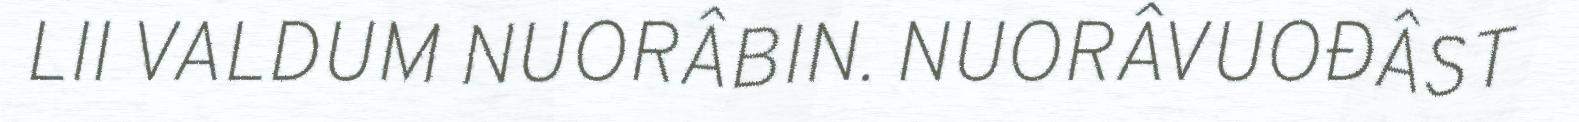
LII VALDUM NUORÂBIN. NUORÂVUOĐÂST